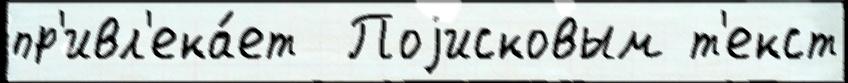
пр'ивл'ека́ет  Поjисковым т'екст